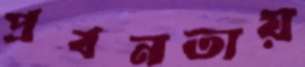
প্রবনতায়